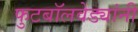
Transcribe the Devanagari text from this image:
फुटबॉलवेड्यांनी